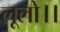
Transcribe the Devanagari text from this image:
लूलो।।